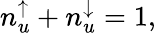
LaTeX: n_{u}^{\uparrow}+n_{u}^{\downarrow}=1,